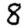
Digit: 8